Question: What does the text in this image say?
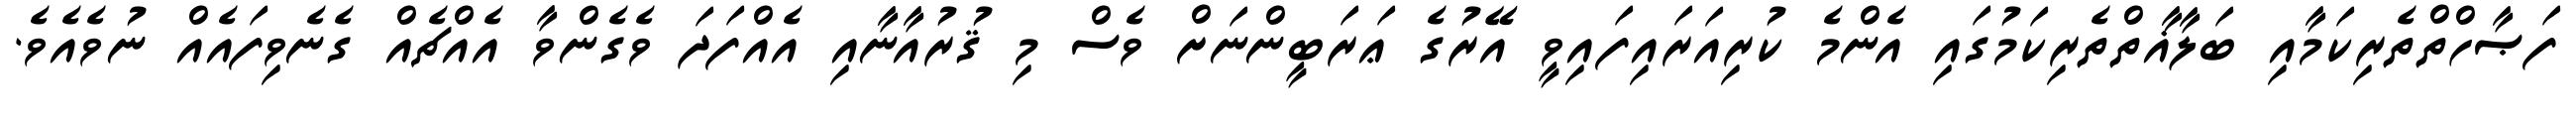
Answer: ފަޞާހްތްތެރިކަމާއި ބަލާޣާތްތެރިކަމުގައި އެންމެ ކުރިއަރައިފައިވީ އޭރުގެ ޢަރަބީންނަށް ވެސް މި ޤުރުއާނާއި އެއްފަދަ ވެގެންވާ އެއްޗެއް ގެނެވިފައެއް ނުވެއެވެ.